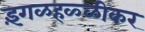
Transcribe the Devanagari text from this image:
इंगळहळ्ळीकर